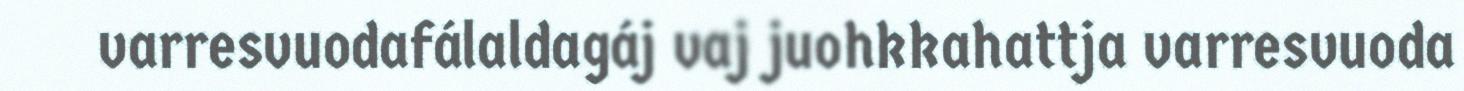
varresvuodafálaldagáj vaj juohkkahattja varresvuoda